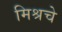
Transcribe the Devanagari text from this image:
मिश्रचे